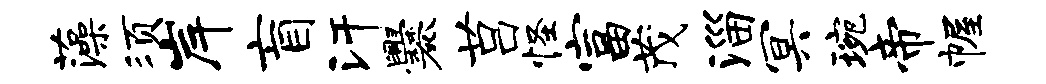
藻须岸盲汗爨莒怪富茂淄冥琬帝幄